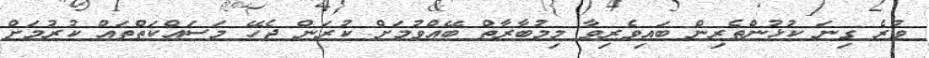
ވުރެ ގިނަ ކުޅުންތެރިން ބައިވެރިވާ މިމުބާރާތް ބޭއްވުމަށް ކުރަން ޖެހޭ މަސައްކަތްތައް ކުރުމަށް